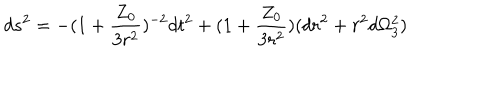
d s ^ { 2 } = - ( 1 + \frac { Z _ { 0 } } { 3 r ^ { 2 } } ) ^ { - 2 } d t ^ { 2 } + ( 1 + \frac { Z _ { 0 } } { 3 r ^ { 2 } } ) ( d r ^ { 2 } + r ^ { 2 } d \Omega _ { 3 } ^ { 2 } )